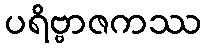
ပရိဗ္ဗာဇကဿ